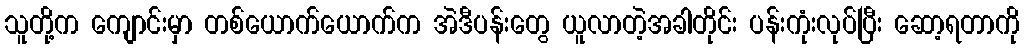
သူတို့က ကျောင်းမှာ တစ်ယောက်ယောက်က အဲဒီပန်းတွေ ယူလာတဲ့အခါတိုင်း ပန်းကုံးလုပ်ပြီး ဆော့ရတာကို